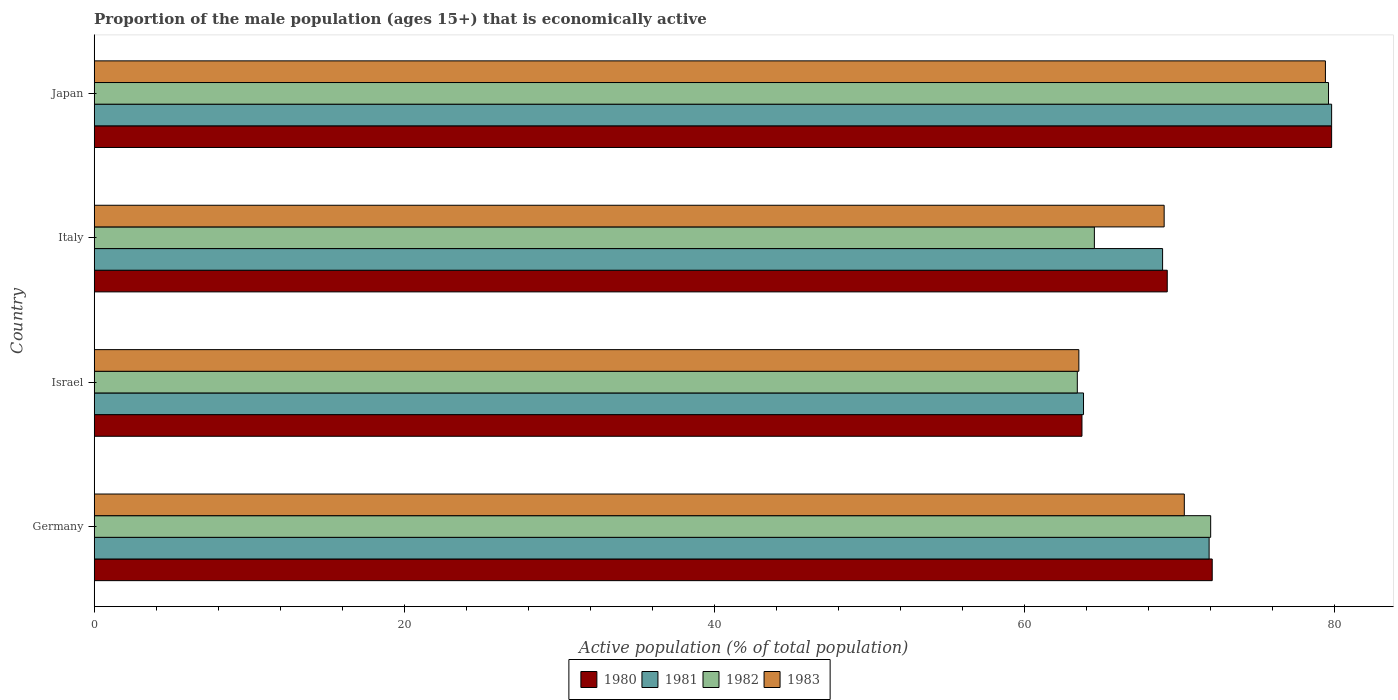
| Country | 1980 | 1981 | 1982 | 1983 |
 | --- | --- | --- | --- | --- |
 | Germany | 72.1 | 71.9 | 72 | 70.3 |
 | Israel | 63.7 | 63.8 | 63.4 | 63.5 |
 | Italy | 69.2 | 68.9 | 64.5 | 69 |
 | Japan | 79.8 | 79.8 | 79.6 | 79.4 |